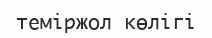
теміржол көлігі